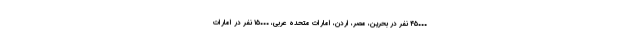
۴۵۰۰۰ نفر در بحرین، مصر، اردن، امارات متحده عربی، ۱۵۰۰۰ نفر در امارات